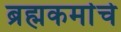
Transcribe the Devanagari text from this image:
ब्रह्मकर्माचे